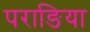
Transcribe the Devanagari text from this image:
पराङिया